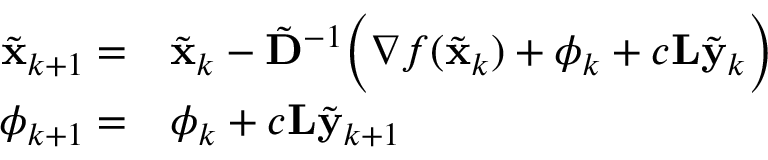
\begin{array} { r l } { \tilde { \mathbf { x } } _ { k + 1 } = } & { \tilde { \mathbf { x } } _ { k } - \tilde { \mathbf { D } } ^ { - 1 } \bigg ( \nabla f ( \tilde { \mathbf { x } } _ { k } ) + \boldsymbol { \phi } _ { k } + c \mathbf { L } \tilde { \mathbf { y } } _ { k } \bigg ) } \\ { \boldsymbol { \phi } _ { k + 1 } = } & { \boldsymbol { \phi } _ { k } + c \mathbf { L } \tilde { \mathbf { y } } _ { k + 1 } } \end{array}